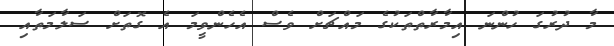
މާ ދުރުގަ ހުންނަ އިމާރާތްތަކުގެ މައްޗަށް ވެސް އެހެންވީމަ އެ ގޮތަށް ސަލާމަތާއި